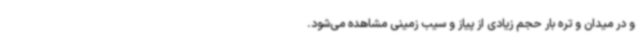
و در میدان و تره بار حجم زیادی از پیاز و سیب زمینی مشاهده می‌شود.